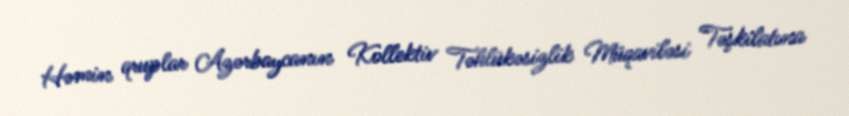
Həmin qruplar Azərbaycanın Kollektiv Təhlükəsizlik Müqaviləsi Təşkilatına